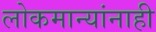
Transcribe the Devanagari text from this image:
लोकमान्‍यांनाही